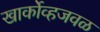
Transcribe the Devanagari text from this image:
खार्कोव्हजवळ